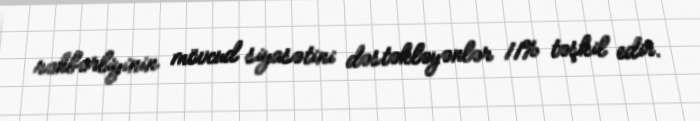
rəhbərliyinin mövcud siyasətini dəstəkləyənlər 11% təşkil edir.